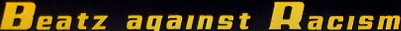
Beatz against Racism